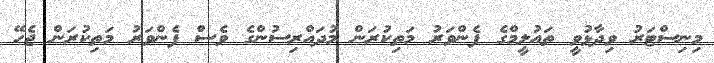
މިނިސްޓަރު ވިދާޅުވީ ތައުލީމްގެ ފެންވަރު މަތިކުރަން މުދައްރިސުންގެ ވެސް ފެންވަރު މަތިކުރަން ޖެހޭ